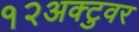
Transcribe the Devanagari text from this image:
१२अक्टुवर